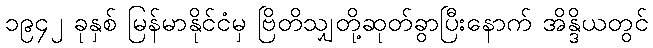
၁၉၄၂ ခုနှစ် မြန်မာနိုင်ငံမှ ဗြိတိသျှတို့ဆုတ်ခွာပြီးနောက် အိန္ဒိယတွင်